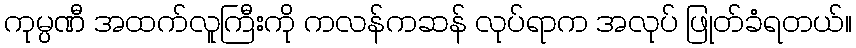
ကုမ္ပဏီ အထက်လူကြီးကို ကလန်ကဆန် လုပ်ရာက အလုပ် ဖြုတ်ခံရတယ်။